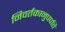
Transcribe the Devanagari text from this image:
निवर्तकानुपपत्ति